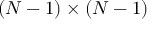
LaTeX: ( N - 1 ) \times ( N - 1 )